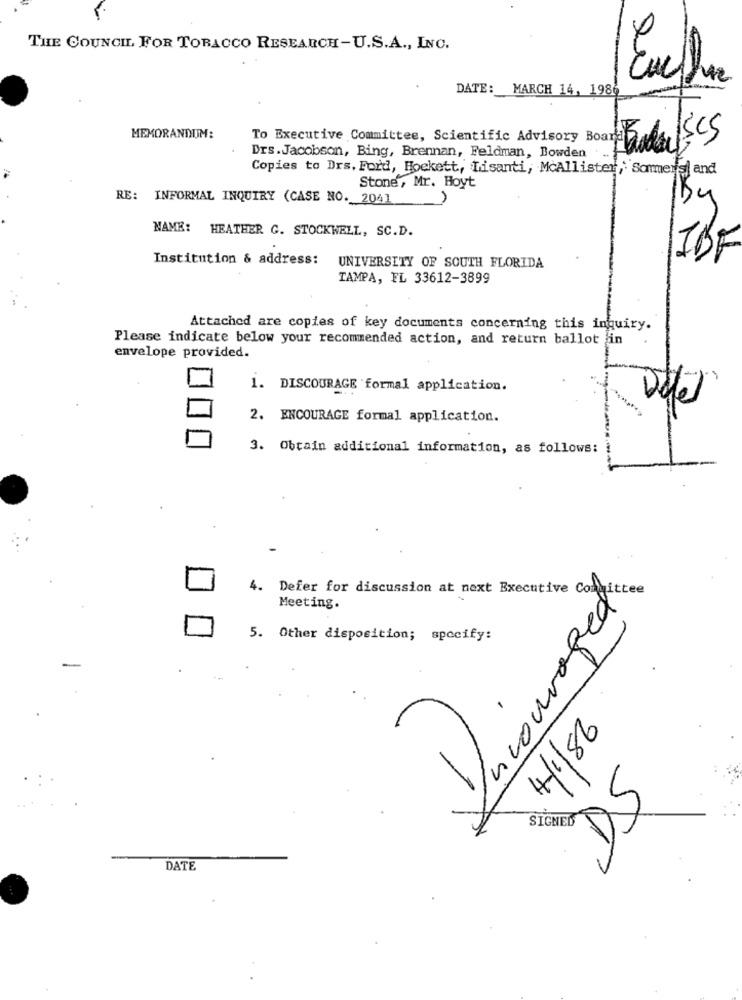
THE COUNCIL FOR TOBACCO RESEARCH-U.S.A ., INC.
Cuchar
DATE: MARCH 14, 1986
MEMORANDUM:
To Executive Committee, Scientific Advisory Board Today
Drs. Jacobson, Bing, Brennan, Feldman, Bowden
Copies to Drs. Ford, Hoekett, Lisanti, McAllister, Sommers] and
Stone, Mr. Hoyt
RE: INFORMAL INQUIRY (CASE NO. 2041
5
NAME: HEATHER G. STOCKWELL, SC.D.
Institution & address:
IBF
UNIVERSITY OF SOUTH FLORIDA
TAMPA, FL 33612-3899
Attached are copies of key documents concerning this inquiry.
Please indicate below your recommended action, and return ballot in
envelope provided.
1. DISCOURAGE formal application.
2. ENCOURAGE formal application.
3. Obtain additional information, as follows:
4. Defer for discussion at next Executive Committee
waged
Meeting.
5. Other disposition; specify:
14/1/86
DE
SIGNED
DATE